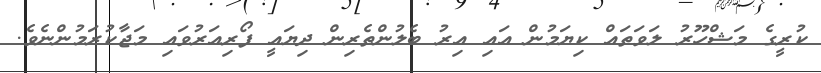
ކުރީގެ މަޝްހޫރު ލަވަތައް ކިޔަމުން އައި އިރު ބެލުންތެރިން ދިޔައީ ފޯރިއަރުވައި މަޖާކުރަމުންނެވެ.